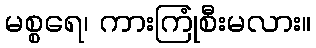
မစ္စရေ၊ ကားကြုံစီးမလား။